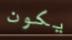
يكون